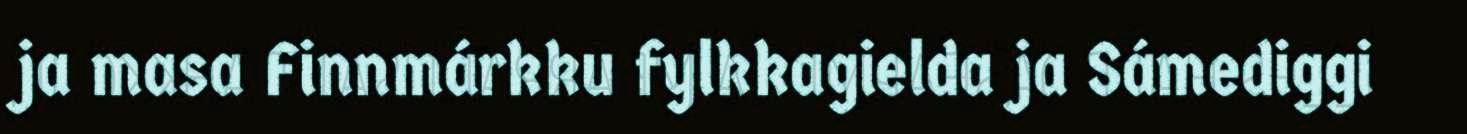
ja masa Finnmárkku fylkkagielda ja Sámediggi